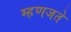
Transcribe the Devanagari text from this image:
म्हणजते